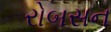
રોબસન